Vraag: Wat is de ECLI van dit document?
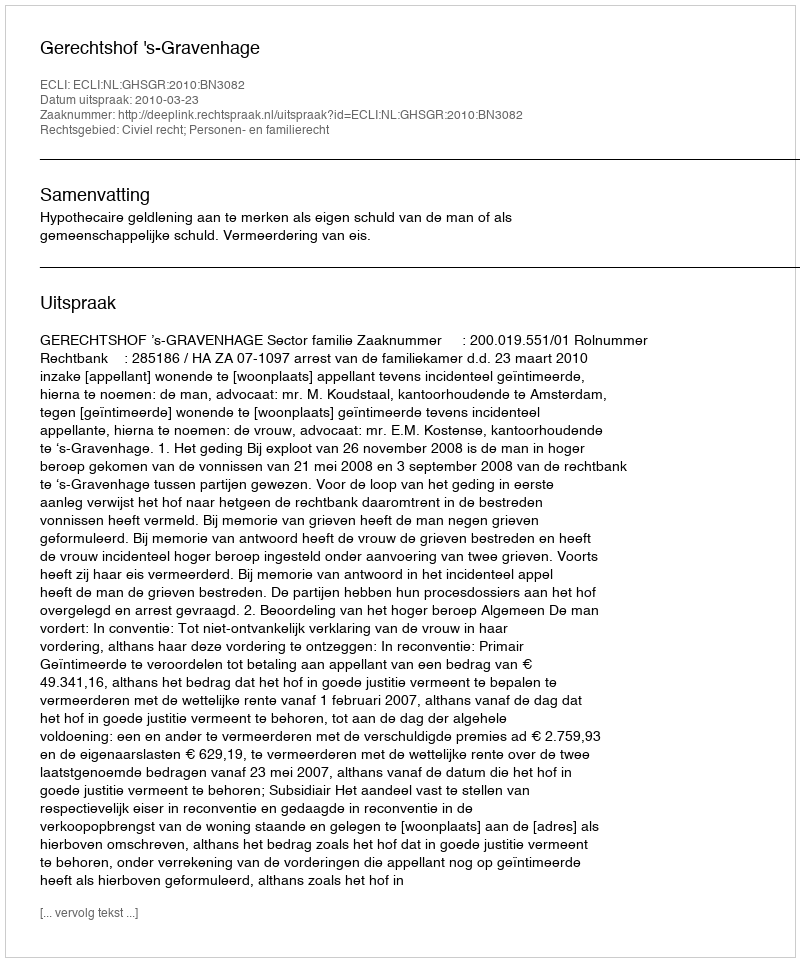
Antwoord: ECLI:NL:GHSGR:2010:BN3082